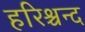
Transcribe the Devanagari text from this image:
हरिश्चन्द